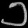
Digit: ၁